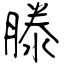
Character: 滕